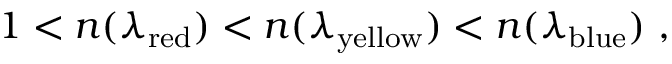
1 < n ( \lambda _ { \mathrm { { r e d } } } ) < n ( \lambda _ { \mathrm { { y e l l o w } } } ) < n ( \lambda _ { \mathrm { { b l u e } } } ) \ ,